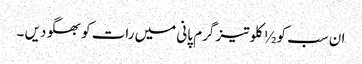
ان سب کو ½ کلو تیز گرم پانی میں رات کو بھگو دیں ۔